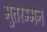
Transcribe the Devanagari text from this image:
मुतरम्मन